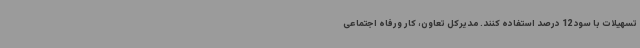
تسهیلات با سود 12 درصد استفاده کنند. مدیرکل تعاون، کار ورفاه اجتماعی